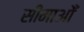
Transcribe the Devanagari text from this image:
सीमाओँ